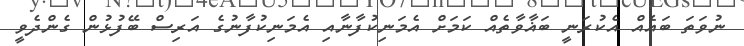
ނުވަތަ ބައެއް އެކުރަނީ ބަޣާވާތެއް ކަމަށް އެމަނިކުފާނާއި އެމަނިކުފާނުގެ އަރިސް ބޭފުޅުން ގެންދެވީ